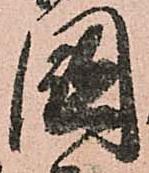
國